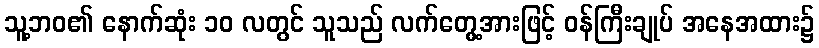
သူ့ဘဝ၏ နောက်ဆုံး ၁၀ လတွင် သူသည် လက်တွေ့အားဖြင့် ဝန်ကြီးချုပ် အနေအထား၌